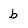
Character: b